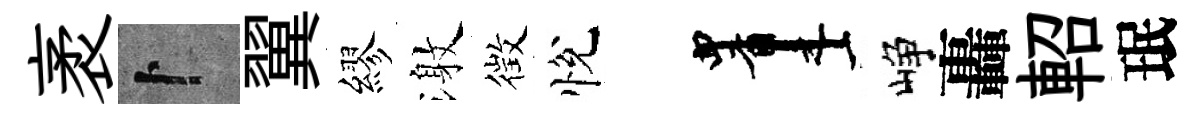
袤卜翼繆激徴悅画峥轟軺珉